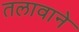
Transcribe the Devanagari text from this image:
तलावाने